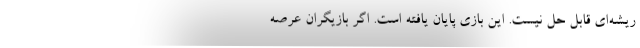
ریشه‌ای قابل حل نیست. این بازی پایان یافته است. اگر بازیگران عرصه